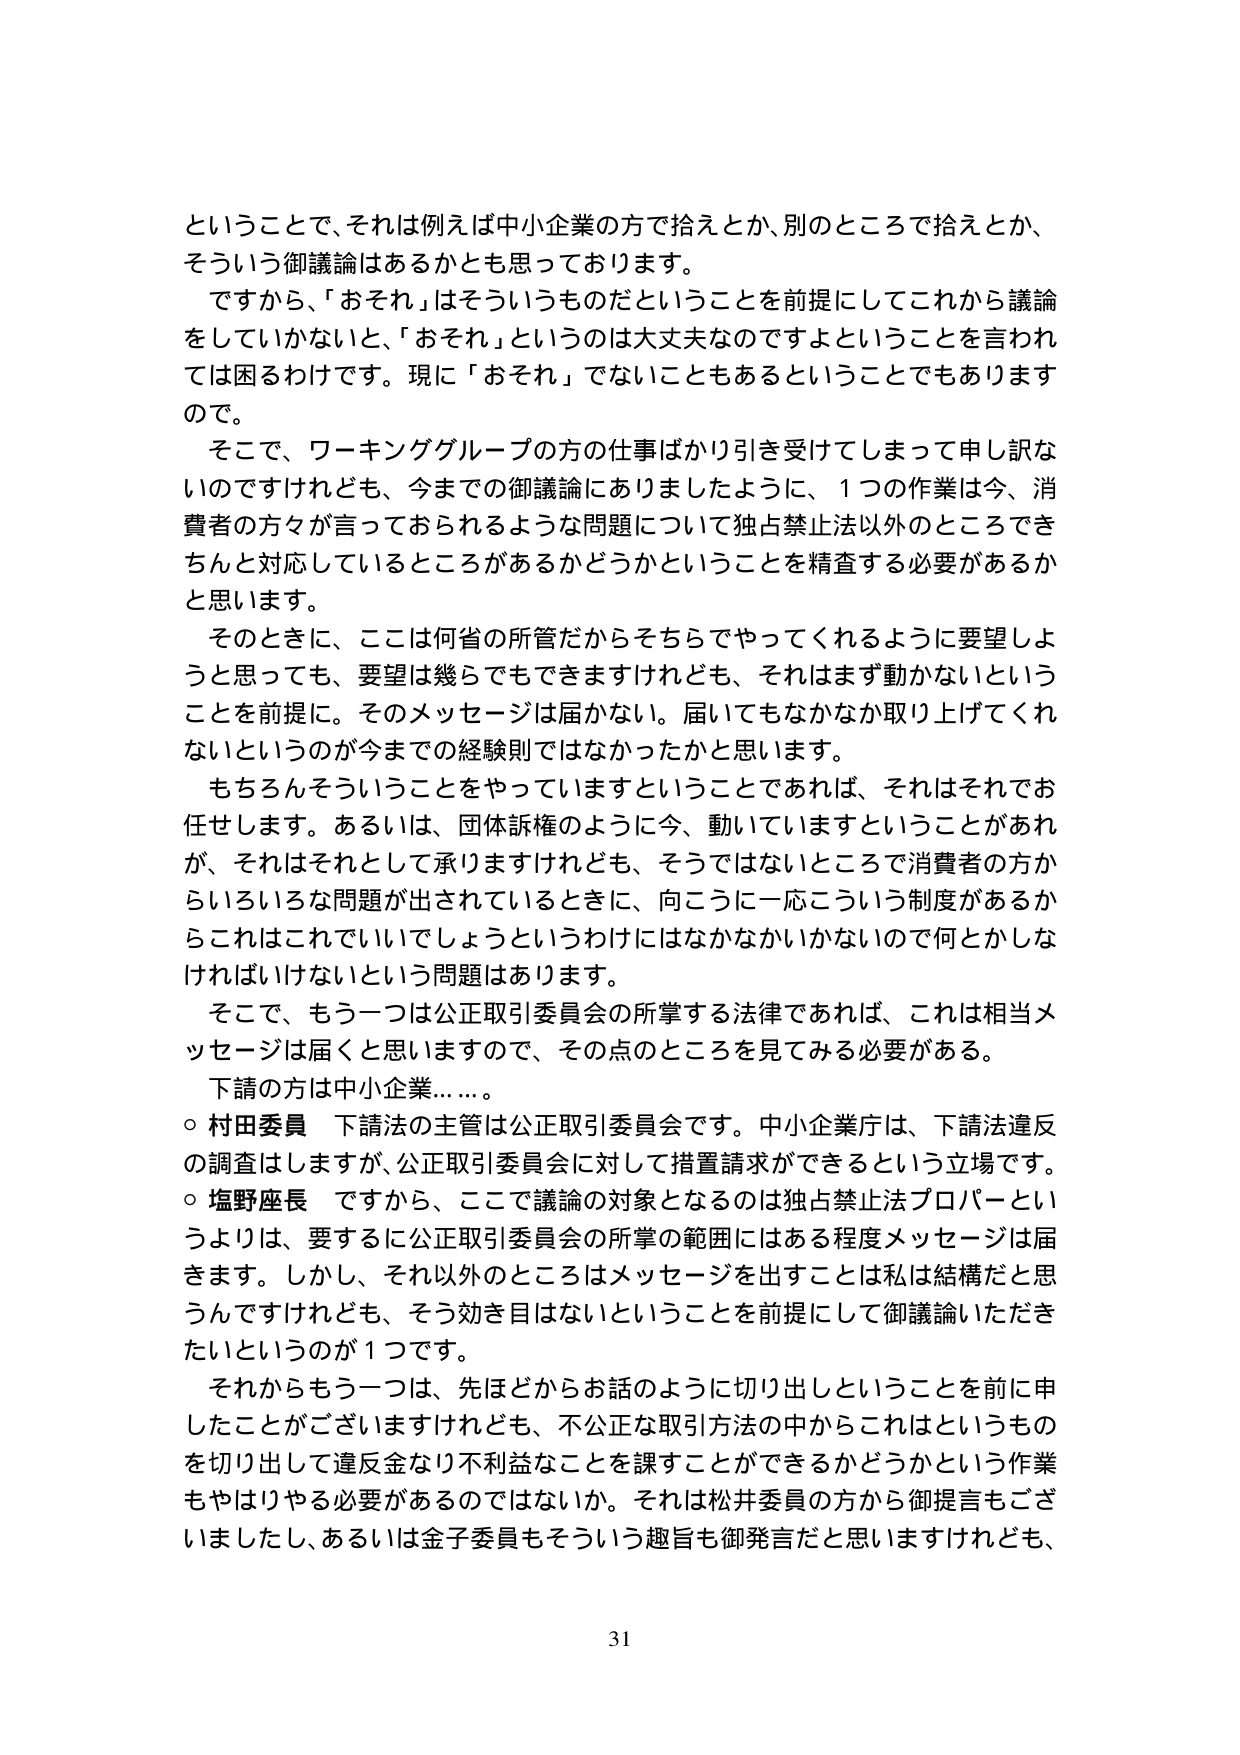
ということで、それは例えば中小企業の方で拾えとか、別のところで拾えとか、
そういう御議論はあるかとも思っております。
ですから、「おそれ」はそういうものだということを前提にしてこれから議論
をしていかないと、「おそれ」というのは大丈夫なのですよということを言われ
ては困るわけです。現に「おそれ」でないこともあるということでもあります
ので。
そこで、ワーキンググループの方の仕事ばかり引き受けてしまって申し訳な
いのですけれども、今までの御議論にありましたように、1つの作業は今、消
費者の方々が言っておられるような問題について独占禁止法以外のところでき
ちんと対応しているところがあるかどうかということを精査する必要があるか
と思います。
そのときに、ここは何省の所管だからそちらでやってくれるように要望しよ
うと思っても、要望は幾らでもできますけれども、それはまず動かないという
ことを前提に。そのメッセージは届かない。届いてもなかなか取り上げてくれ
ないというのが今までの経験則ではなかったかと思います。
もちろんそういうことをやっていますということであれば、それはそれでお
任せします。あるいは、団体訴権のように今、動いていますということがあれ
ば、それはそれとして承りますけれども、そうではないところで消費者の方か
らいろいろな問題が出されているときに、向こうに一応こういう制度があるか
らこれはこれでいいでしょうというわけにはなかなかいかないので何とかしな
ければいけないという問題はあります。
そこで、もう一つは公正取引委員会の所掌する法律であれば、これは相当メ
ッセージは届くと思いますので、その点のところを見てみる必要がある。
下請の方は中小企業……。
○ 村田委員 下請法の主管は公正取引委員会です。中小企業庁は、下請法違反
の調査はしますが、公正取引委員会に対して措置請求ができるという立場です。
○ 塩野座長 ですから、ここで議論の対象となるのは独占禁止法プロパーとい
うよりは、要するに公正取引委員会の所掌の範囲にはある程度メッセージは届
きます。しかし、それ以外のところはメッセージを出すことは私は結構だと思
うんですけれども、そう効き目はないということを前提にして御議論いただき
たいというのが1つです。
それからもう一つは、先ほどからお話のように切り出しということを前に申
したことがございますけれども、不公正な取引方法の中からこれはというもの
を切り出して違反金なり不利益なことを課すことができるかどうかという作業
もやはりやる必要があるのではないでしょうか。それは松井委員の方から御提言もござ
いましたし、あるいは金子委員もそういう趣旨も御発言だと思いますけれども、
31